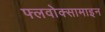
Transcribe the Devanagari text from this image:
फ्लवोक्सामाइन